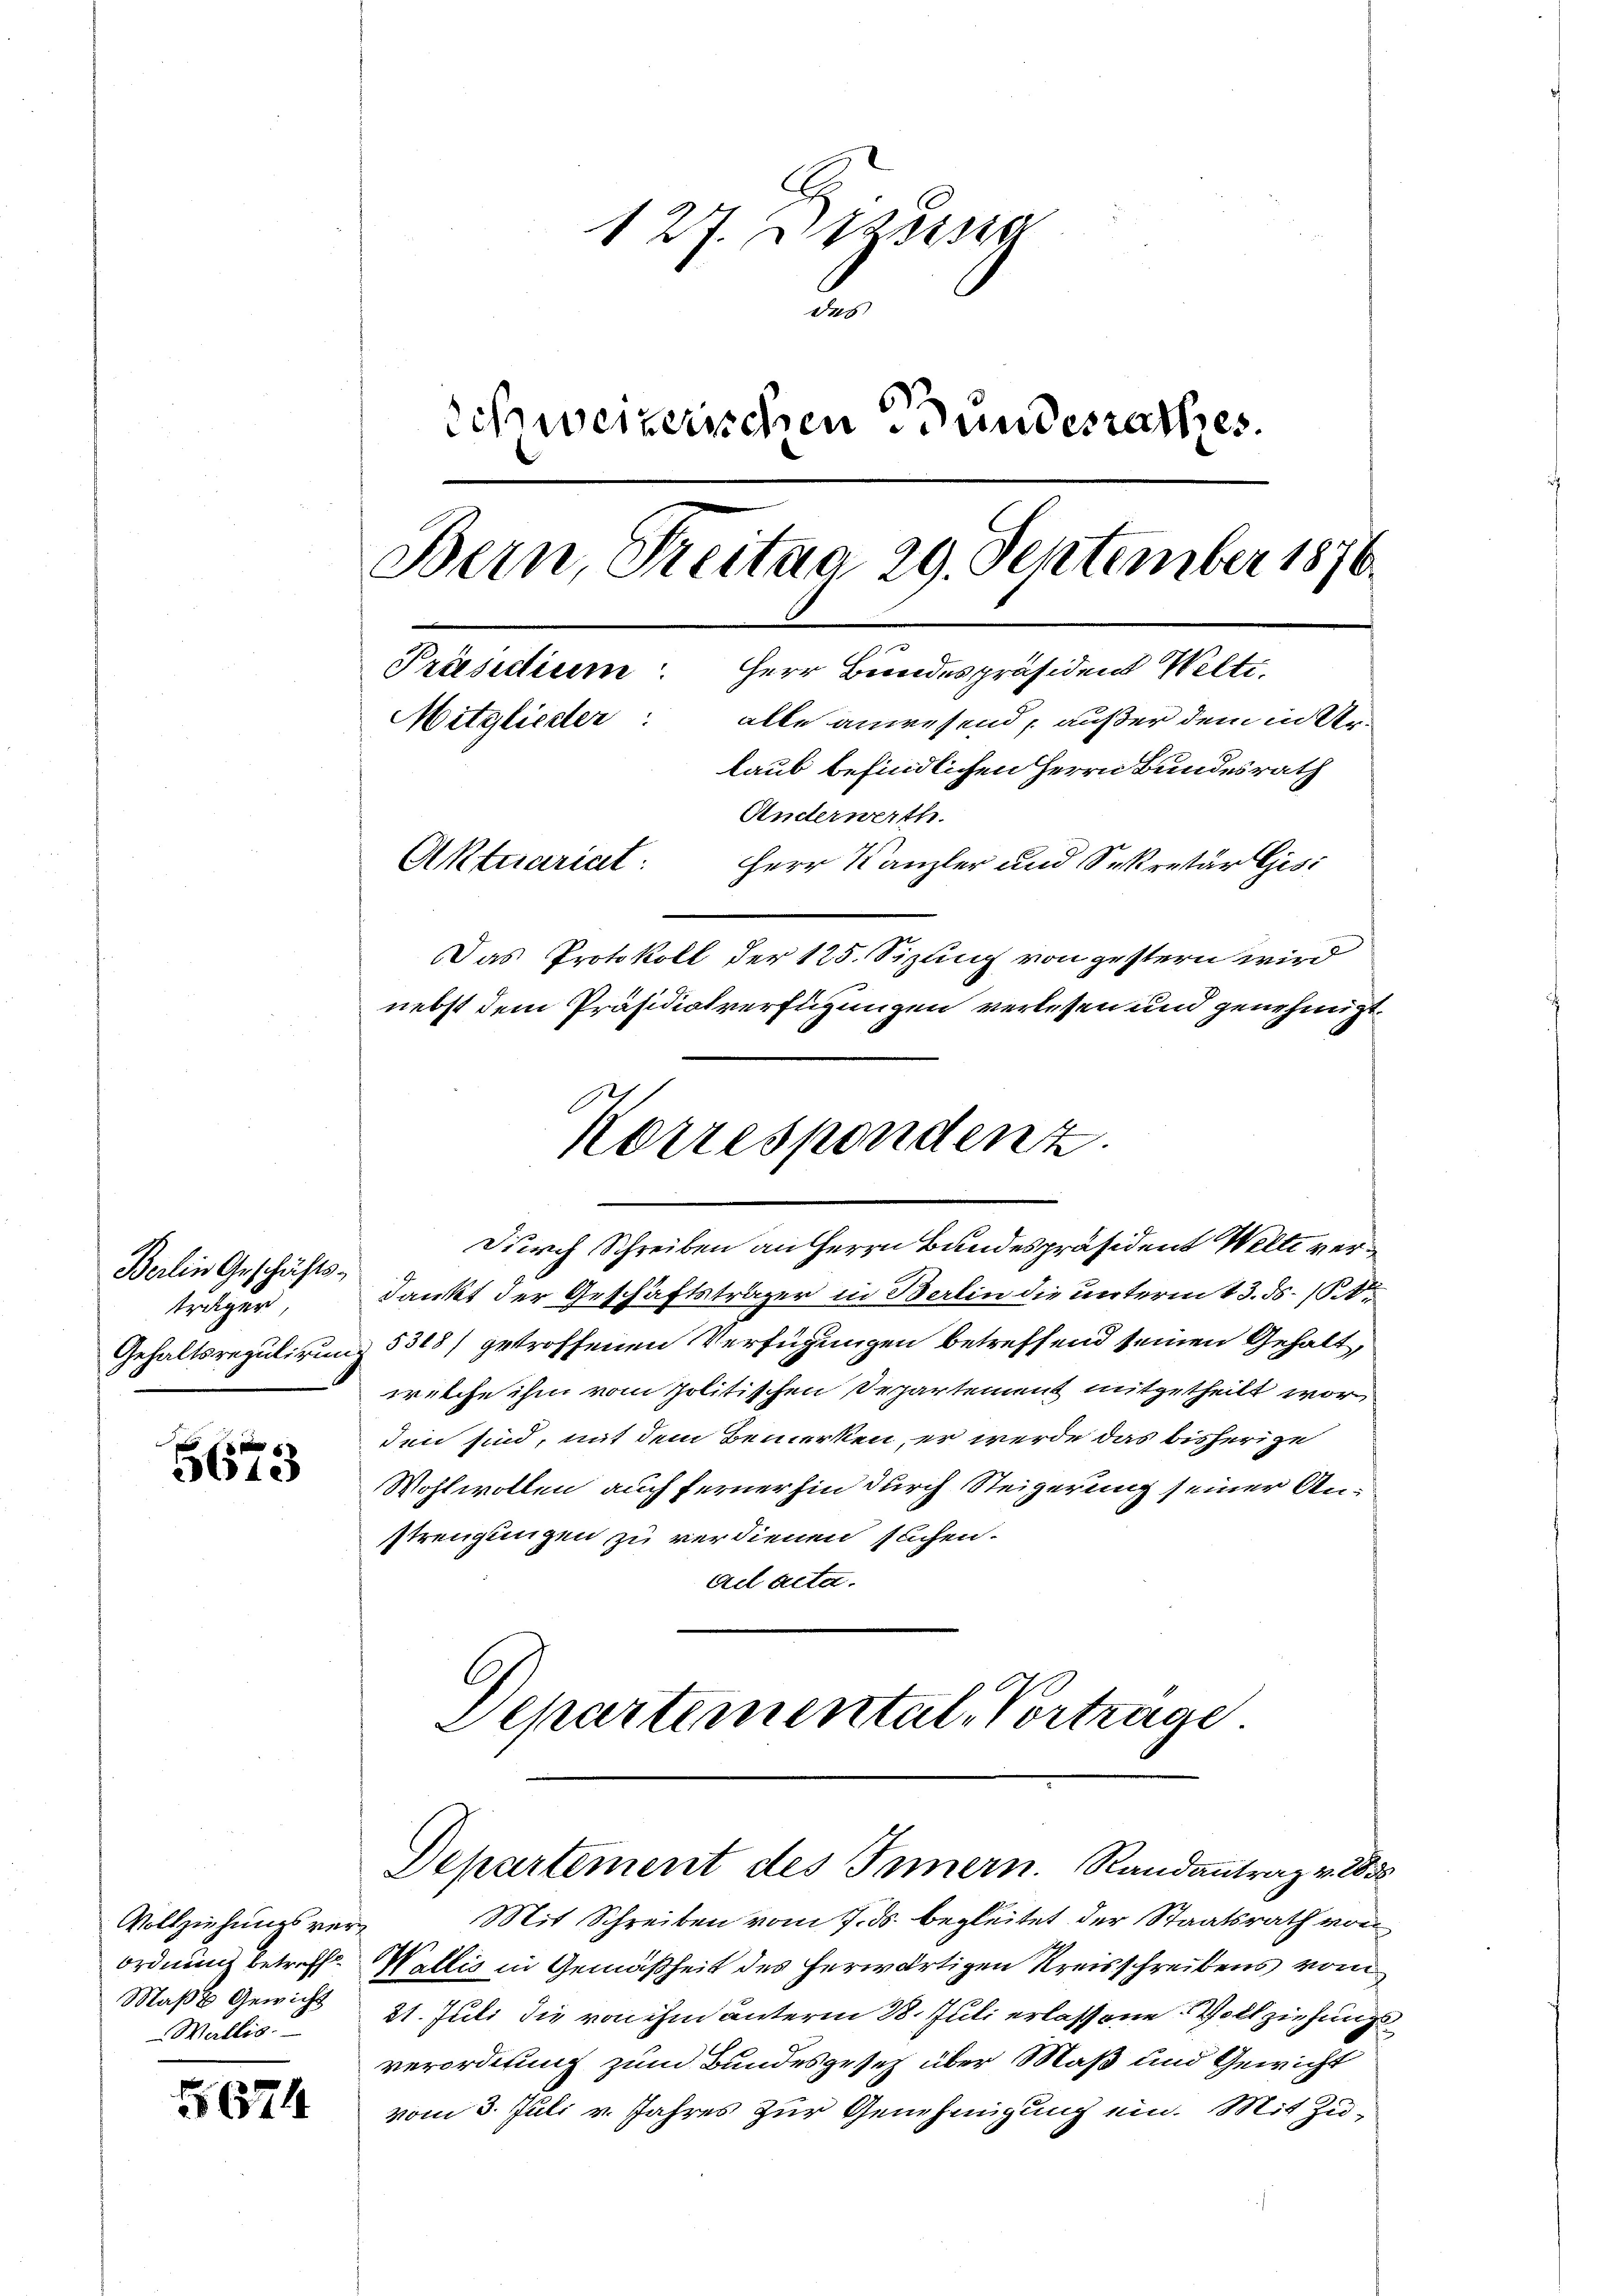
Berlin Geschäfts-
träger
Gehaltsregulirun

5673

Vollziehungsver¬
Ordnung betreff
Maße Gewicht
Wallis.

5674

127. Dezessi
ab
Schweizerischen Bundesrathes.
Bern, Freitag 29. September 1876.
Präsidium: Herr Bundespräsident Welti,
alle anwesend, außer dem in Ur¬
Mitglieder:
laub befindlichen Herrn Bundesrath
Anderwerth
Aktuariat:
Herr Kanzler und Sekretär Gisi
Das Protokoll der 125. Sizling von gestern wird
nebst dem Präsidialverftigungen verlesen und genehmigt.

dankt der Geschäftsträger in Berlin die unterm 13. ds. (S.
5308) getroffenen Verfügungen betreffend seinen Gehalt,
welche ihm vom Politischen Departement mitgetheilt worden sind, mit dem Bemerken, er werde das bisherige
Wohlwollen auch ferner hin durch Steigerung seiner Anstrengungen zu verdienen sachen.
ad acta.
Departemental-Vertrage

Korrespondenz
Durch Schreiben an Herrn Bundespräsident Welti ver¬

Mit Schreiben vom 7. ds. begleitet der Staatsrath von
Wallis in Gemäßheit des herwärtigen Kreisschreibens vom
21. Juli die von ihm unterm 28. Juli erlassene Vollziehungs
verordnung zum Bundesgesetz über Maß und Gewicht
vom 3. Juli v. Jahres zur Genehmigung ein. Mit Zu¬

Departement des Innern. Randantrag v. 188